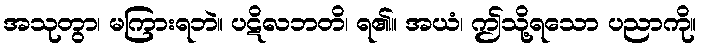
အသုတွာ၊ မကြားရဘဲ။ ပဋိလဘတိ၊ ရ၏။ အယံ၊ ဤသို့ရသော ပညာကို။